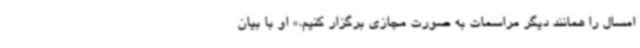
امسال را همانند دیگر مراسمات به صورت مجازی برگزار کنیم.» او با بیان